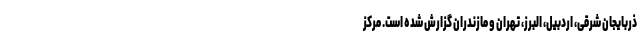
ذربایجان شرقی، اردبیل، البرز، تهران و مازندران گزارش شده است. مرکز